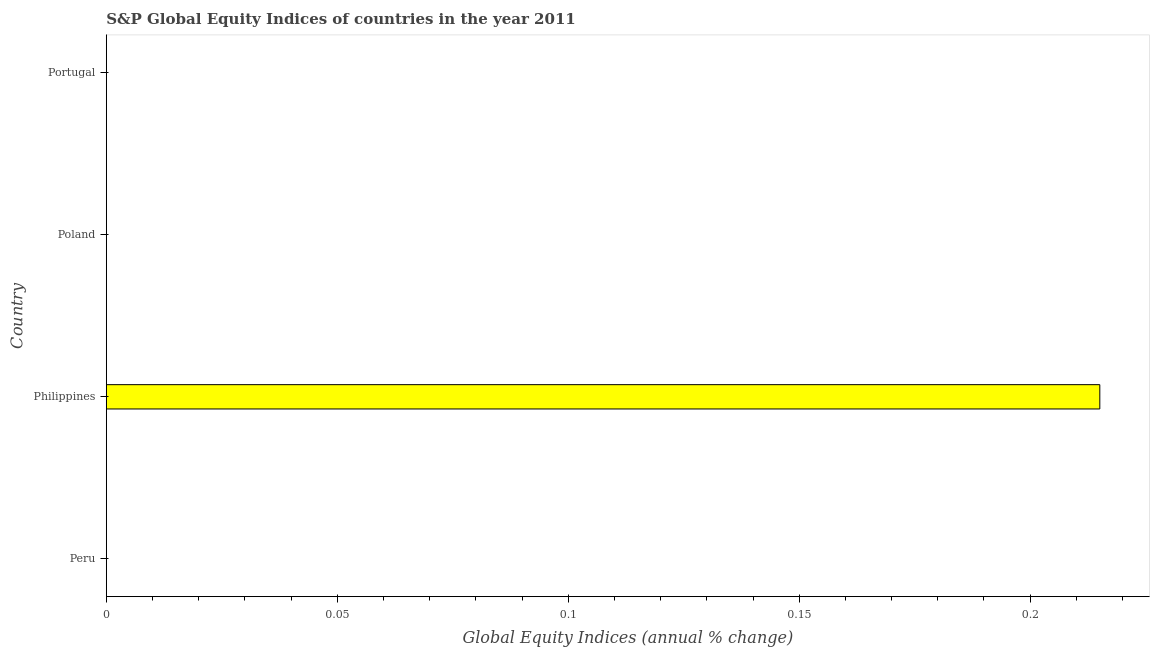
| Country | S&P Global Equity Indices |
 | --- | --- |
 | Peru | -21.3 |
 | Philippines | 0.215 |
 | Poland | -33.4 |
 | Portugal | -31 |